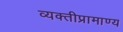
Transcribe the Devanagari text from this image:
व्यक्तीप्रामाण्य